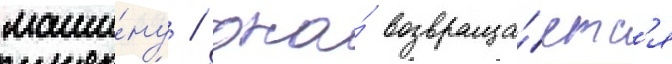
маши́ну / она́ возвраща́етс'я